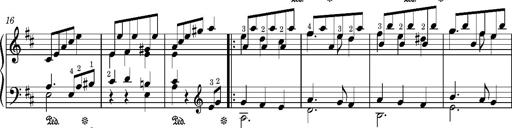
Title: LÃ¤ndler in D major
Composer: Franz Liszt
Key: D major